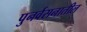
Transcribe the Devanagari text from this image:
पुनर्वसनातील